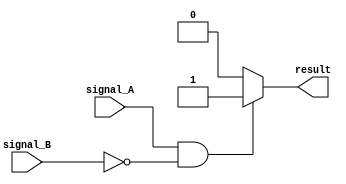
module conditional_behavior (
    input wire signal_A,
    input wire signal_B,
    output reg result
);

initial begin
    // check if signal_A is high and signal_B is low
    if (signal_A && !signal_B) begin
        result = 1;
    end
    // check if signal_A is low and signal_B is high
    else if (!signal_A && signal_B) begin
        result = 0;
    end
    // default case
    else begin
        result = 0;
    end
end

endmodule